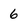
Character: 6